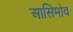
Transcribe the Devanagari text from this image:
आसिमोव